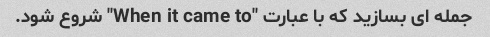
جمله ای بسازید که با عبارت "When it came to" شروع شود.